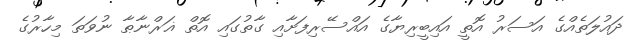
ދައުލަތެއްގެ އަސަރު އޮތީ އައިބީރިޔާގެ އައްސޭރިފަށާއި ގާތުގައި އޮތް ޣަރްނާޠާ ނުވަތަ މިހާރުގެ